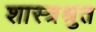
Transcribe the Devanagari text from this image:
शास्त्रश्रुत